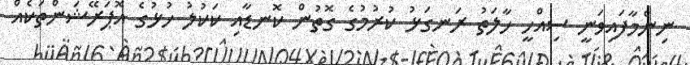
ނިންމާފައިވަނީ ސިއްހީ ހާލަތު ރަނގަޅު ކުރުމުގެ ގޮތުން ކޮނޑާއި ކަކުލު ހުޅުގެ އޮޕަރޭޝަންތަކެއް